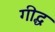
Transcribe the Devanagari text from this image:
गीद्ध